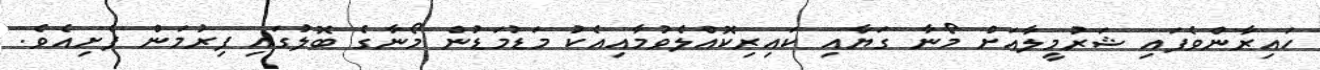
ހައިރާންވެފައި ޝަރުމީލާއަށް މޯނާ ގަޔާއި ކައިރިކޮއްލެވުމާއިއެކު މަޑުމަޑުން މޯނާގެ ބޮލުގައި ފިރުމަން ފެށިއެވެ.